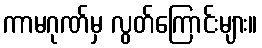
ကာမဂုဏ်မှ လွတ်ကြောင်းများ။